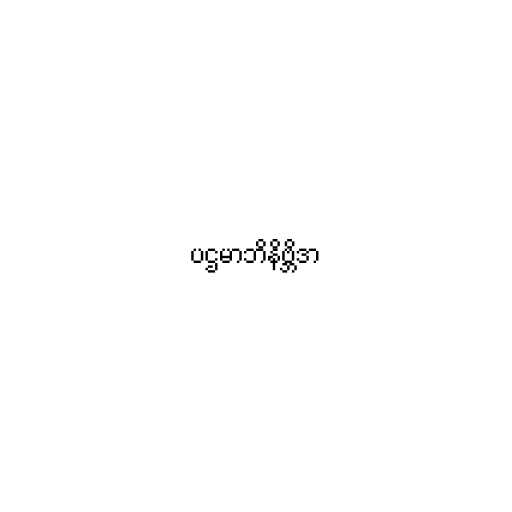
ပဌမာဘိနိဗ္ဘိဒာ